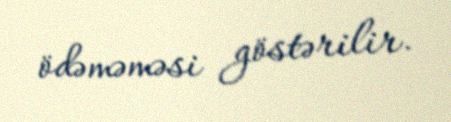
ödəməməsi göstərilir.